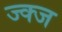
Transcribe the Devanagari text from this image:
ज्क्ज